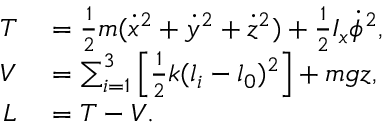
\begin{array} { r l } { T } & { { } = \frac { 1 } { 2 } m ( \dot { x } ^ { 2 } + \dot { y } ^ { 2 } + \dot { z } ^ { 2 } ) + \frac { 1 } { 2 } I _ { x } \dot { \phi } ^ { 2 } , } \\ { V } & { { } = \sum _ { i = 1 } ^ { 3 } \left[ \frac { 1 } { 2 } k ( l _ { i } - l _ { 0 } ) ^ { 2 } \right] + m g z , } \\ { L } & { { } = T - V . } \end{array}